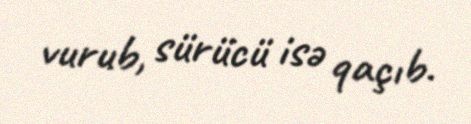
vurub, sürücü isə qaçıb.